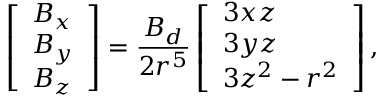
\left[ \begin{array} { l } { B _ { x } } \\ { B _ { y } } \\ { B _ { z } } \end{array} \right] = \frac { B _ { d } } { 2 r ^ { 5 } } \left[ \begin{array} { l } { 3 x z } \\ { 3 y z } \\ { 3 z ^ { 2 } - r ^ { 2 } } \end{array} \right] ,